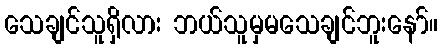
သေချင်သူရှိလား ဘယ်သူမှမသေချင်ဘူးနော်။